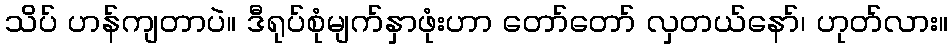
သိပ် ဟန်ကျတာပဲ။ ဒီရုပ်စုံမျက်နှာဖုံးဟာ တော်တော် လှတယ်နော်၊ ဟုတ်လား။